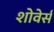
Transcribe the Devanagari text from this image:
शोवेर्स